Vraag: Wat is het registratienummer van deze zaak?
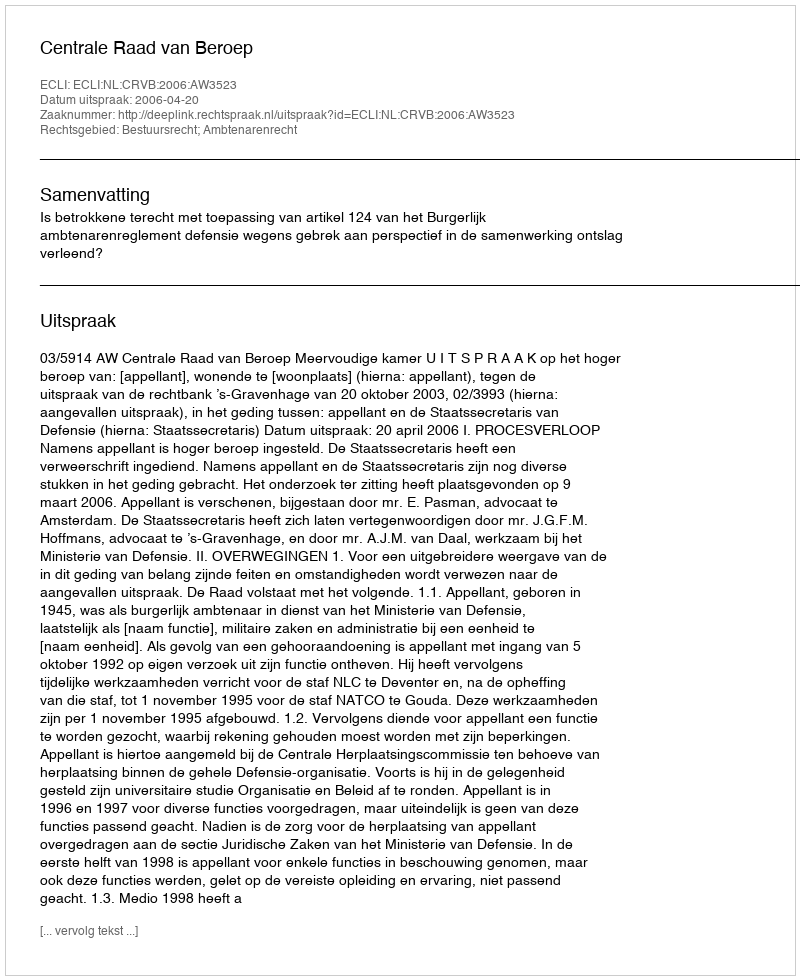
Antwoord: http://deeplink.rechtspraak.nl/uitspraak?id=ECLI:NL:CRVB:2006:AW3523